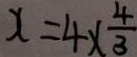
x = 4 \times \frac { 4 } { 3 }